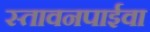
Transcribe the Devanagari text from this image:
स्तावनपाईवा